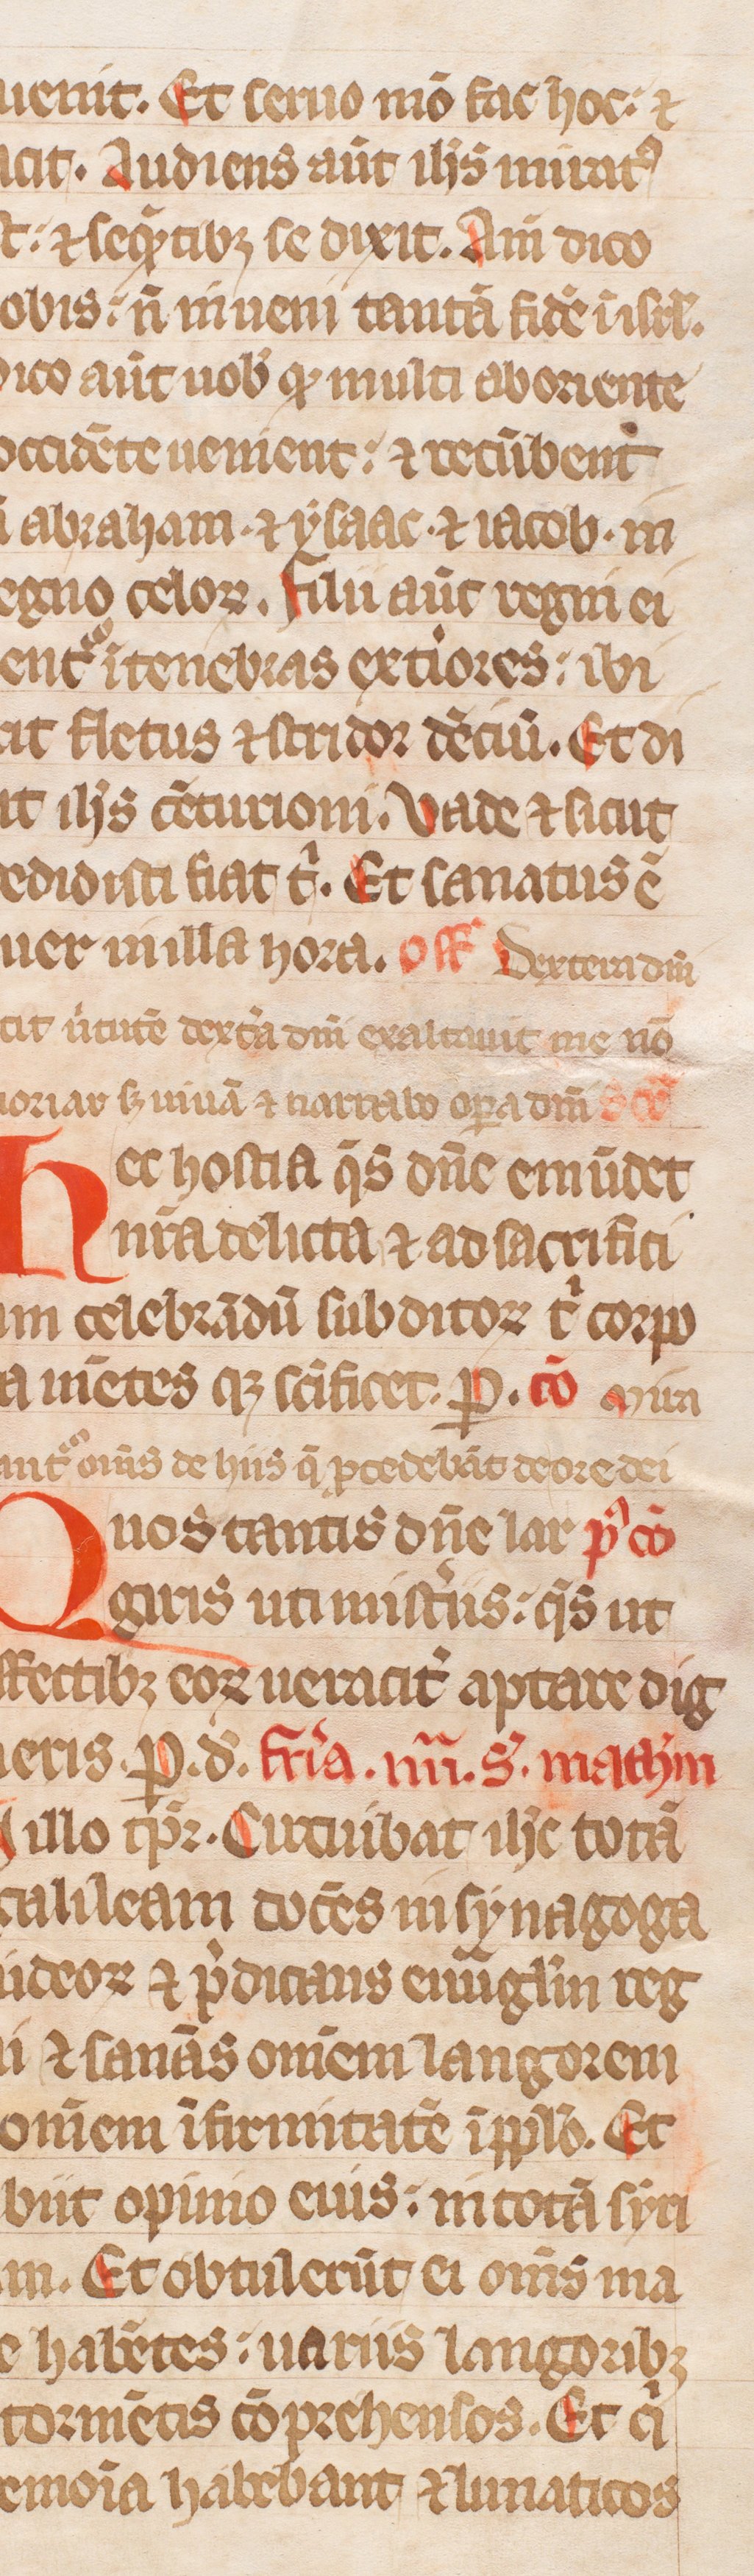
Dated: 1300–1399